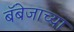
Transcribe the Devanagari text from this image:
बॅबेजाच्या